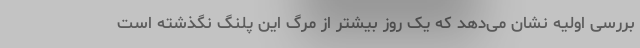
بررسی اولیه نشان می‌دهد که یک روز بیشتر از مرگ این پلنگ نگذشته است